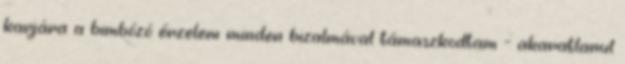
karjára a bimbózó érzelem minden bizalmával támaszkodtam - akaratlanul